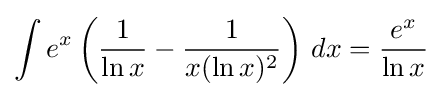
\int e^{x}\left({\frac {1}{\ln x}}-{\frac {1}{x(\ln x)^{2}}}\right)\,dx={\frac {e^{x}}{\ln x}}